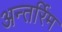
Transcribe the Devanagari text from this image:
अन्तर्रिम